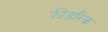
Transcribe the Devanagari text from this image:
फीडरिक